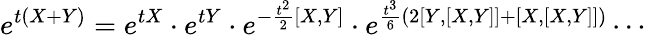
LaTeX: e^{t(X+Y)}=e^{tX}\cdot e^{tY}\cdot e^{-\frac{t^{2}}{2}[X,Y]}\cdot e^{\frac{t^{3}}{6}(2[Y,[X,Y]]+[X,[X,Y]])}\cdots